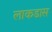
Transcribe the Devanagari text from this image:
लाकडास